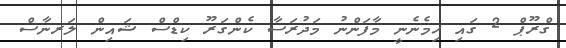
ގްރޫޕް 2 ގައި ހިމެނެނީ މާފަންނު މަދުރަސާ ކެންގަރޫ ކިޑްސް ޝައިން ލަރނާސް